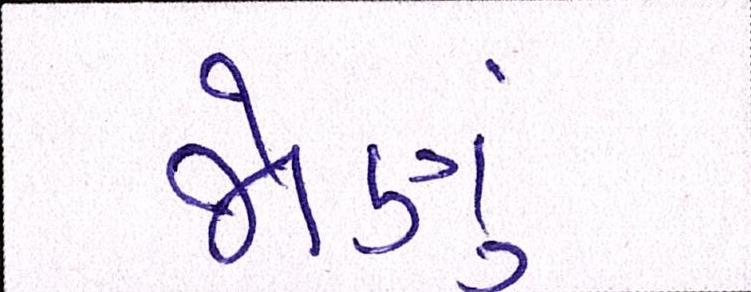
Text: જોણું